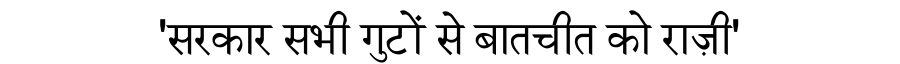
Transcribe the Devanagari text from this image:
'सरकार सभी गुटों से बातचीत को राज़ी'